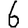
Digit: 6